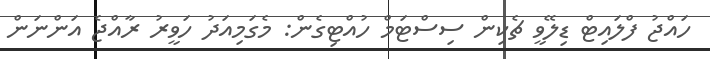
ހައްޖު ފްލައިޓް ޑިލޭވީ ޗެކިން ސިސްޓަމް ހުއްޓިގެން: މެގަމިއަދު ހަވީރު ރާއްޖެ އަންނަން